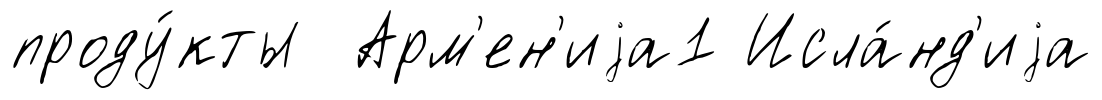
проду́кты Арм'ен'иjа1 Исла́нд'иjа